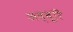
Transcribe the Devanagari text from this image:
अब्बूरि